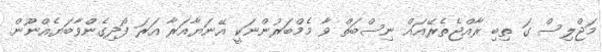
މަޖްލިސް ގަ ތިބި ރާއްޖެތެރޭއައް ނިސްބަތް ވާ މެމްބަރުންނަކީ އޭނަޔާއަރާ އަރަ ފޯދިގެންވާބަޔެއްނޫން.